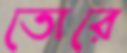
তোরে